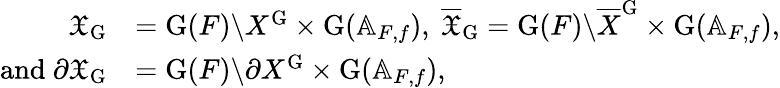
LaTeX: \begin{array}{rl}{\mathfrak{X}_{\mathrm{G}}}&{=\mathrm{G}(F)\backslash{X}^{\mathrm{G}}\times\mathrm{G}({\mathbb A}_{F,f}),~\overline{{\mathfrak{X}}}_{\mathrm{G}}=\mathrm{G}(F)\backslash\overline{{X}}^{\mathrm{G}}\times\mathrm{G}({\mathbb A}_{F,f}),}\\ {\mathrm{and~}\partial\mathfrak{X}_{\mathrm{G}}}&{=\mathrm{G}(F)\backslash\partial X^{\mathrm{G}}\times\mathrm{G}({\mathbb A}_{F,f}),}\end{array}